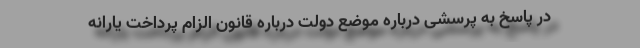
در پاسخ به پرسشی درباره موضع دولت درباره قانون الزام پرداخت یارانه